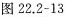
图22.2-13